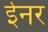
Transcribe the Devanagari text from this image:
ईनर